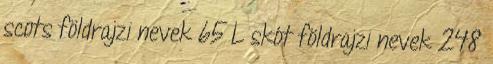
scots földrajzi nevek‎ 65 L skót földrajzi nevek‎ 248